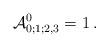
LaTeX: \begin{align*}\mathcal{A}_{0;1;2,3}^0=1 \,.\end{align*}